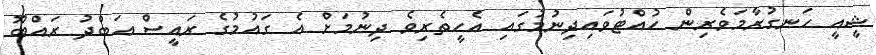
ޝީއީ ހަނގުރާމަވެރިން ހުއްޓުވައިދިނުމުގައި އެހީތެރިވެ ދިނުމަށް އެ ގައުމުގެ ރައީސް އަބްދު ރައްބޫ